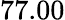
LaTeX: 77.00